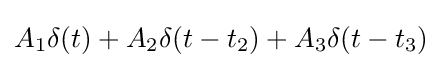
A_{1}\delta (t)+A_{2}\delta (t-t_{2})+A_{3}\delta (t-t_{3})